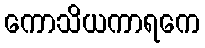
ကောသိယကာရကေ